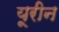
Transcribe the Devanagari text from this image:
यूरीन